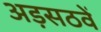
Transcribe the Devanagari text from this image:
अड़सठवें